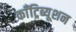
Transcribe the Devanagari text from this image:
काँट्रिब्यूशन